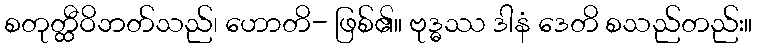
စတုတ္ထီဝိဘတ်သည်၊ ဟောတိ- ဖြစ်၏။ ဗုဒ္ဓဿ ဒါနံ ဒေတိ စသည်တည်း။